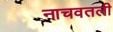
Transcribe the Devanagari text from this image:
नाचवतली